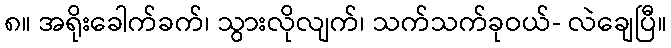
၈။ အရိုးခေါက်ခက်၊ သွားလိုလျက်၊ သက်သက်ခုဝယ်- လဲချေပြီ။